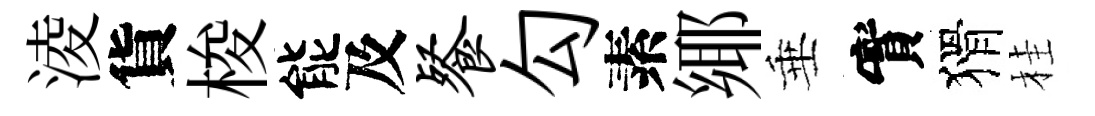
淩貨梭能及餐勾素鄊垂實猾桂